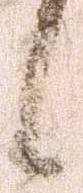
候